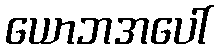
ယောဘအပေါ်